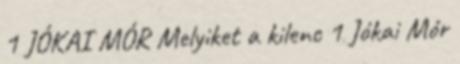
1 JÓKAI MÓR Melyiket a kilenc 1 Jókai Mór